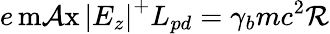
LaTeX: e\operatorname*{m\mathcal{A}x}\left|E_{z}\right|^{+}L_{pd}=\gamma_{b}mc^{2}\mathcal{R}